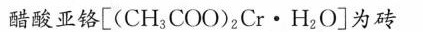
醋酸亚铬$$[ ( C H _ { 3 } C O O ) _ { 2 } \cdot H _ { 2 } O ]$$为砖